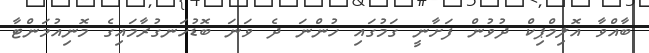
ބާއްވާ އޮލިމްޕިކް ދުވުން ފަށާނީ ގަމުގައި ހުންނަ ދެ ވަނަ ބޮޑުހަނގުރާމައިގެ މޮނިއުމަންޓާ